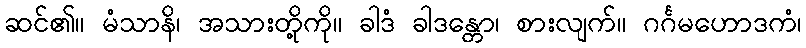
ဆင်၏။ မံသာနိ၊ အသားတို့ကို။ ခါဒံ ခါဒန္တော၊ စားလျက်။ ဂင်္ဂမဟောဒကံ၊